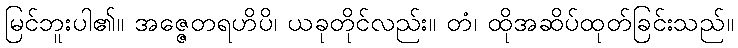
မြင်ဘူးပါ၏။ အဇ္ဇေတရဟိပိ၊ ယခုတိုင်လည်း။ တံ၊ ထိုအဆိပ်ထုတ်ခြင်းသည်။